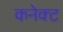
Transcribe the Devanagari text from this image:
कनेक्‍ट